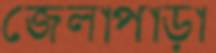
জেলাপাড়া